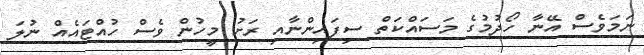
ނަމަވެސް އޭނާ ހޯދުމުގެ މަސައްކަތް ސިފައިންނާއި ރަށު މީހުން ވެސް ހުއްޓައެއް ނުލަ